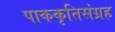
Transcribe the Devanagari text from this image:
पाककृतिसंग्रह